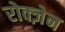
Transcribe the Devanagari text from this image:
रोक्ज़ेन